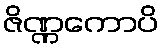
ဇိဏ္ဏကောပိ